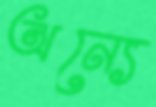
অন্যে